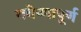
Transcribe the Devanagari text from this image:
गवेष्णापूर्ण